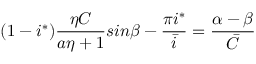
( 1 - i ^ { * } ) \frac { \eta C } { a \eta + 1 } s i n { \beta - \frac { \pi i ^ { * } } { \bar { i } } } = \frac { \alpha - \beta } { \bar { C } }